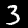
Label: 3